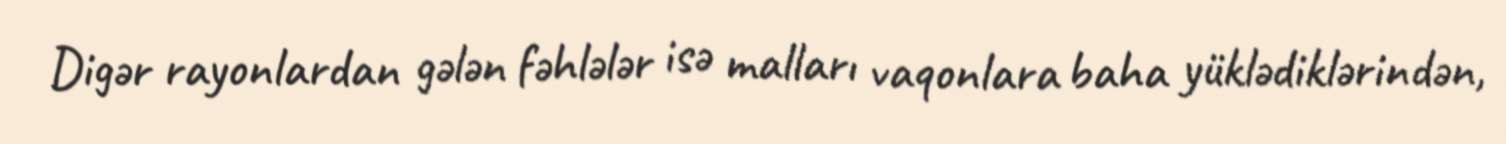
Digər rayonlardan gələn fəhlələr isə malları vaqonlara baha yüklədiklərindən,